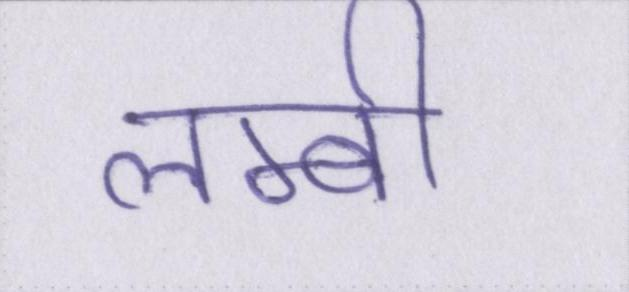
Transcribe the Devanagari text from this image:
लम्बी